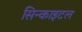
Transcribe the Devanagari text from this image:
सिन्काइटल